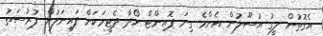
އެގޮތުން ލީގު އުސޫލުން އެންމެ ގިނަ ޕޮއިންޓް ހޯދާ ދެޓީމަކަށް ފައިނަލުން ފުރުސަތު